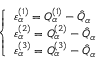
\left\{ \begin{array} { l l } { \varepsilon _ { \alpha } ^ { ( 1 ) } = Q _ { \alpha } ^ { ( 1 ) } - \hat { Q } _ { \alpha } } \\ { \varepsilon _ { \alpha } ^ { ( 2 ) } = Q _ { \alpha } ^ { ( 2 ) } - \hat { Q } _ { \alpha } } \\ { \varepsilon _ { \alpha } ^ { ( 3 ) } = Q _ { \alpha } ^ { ( 3 ) } - \hat { Q } _ { \alpha } } \end{array} \right.